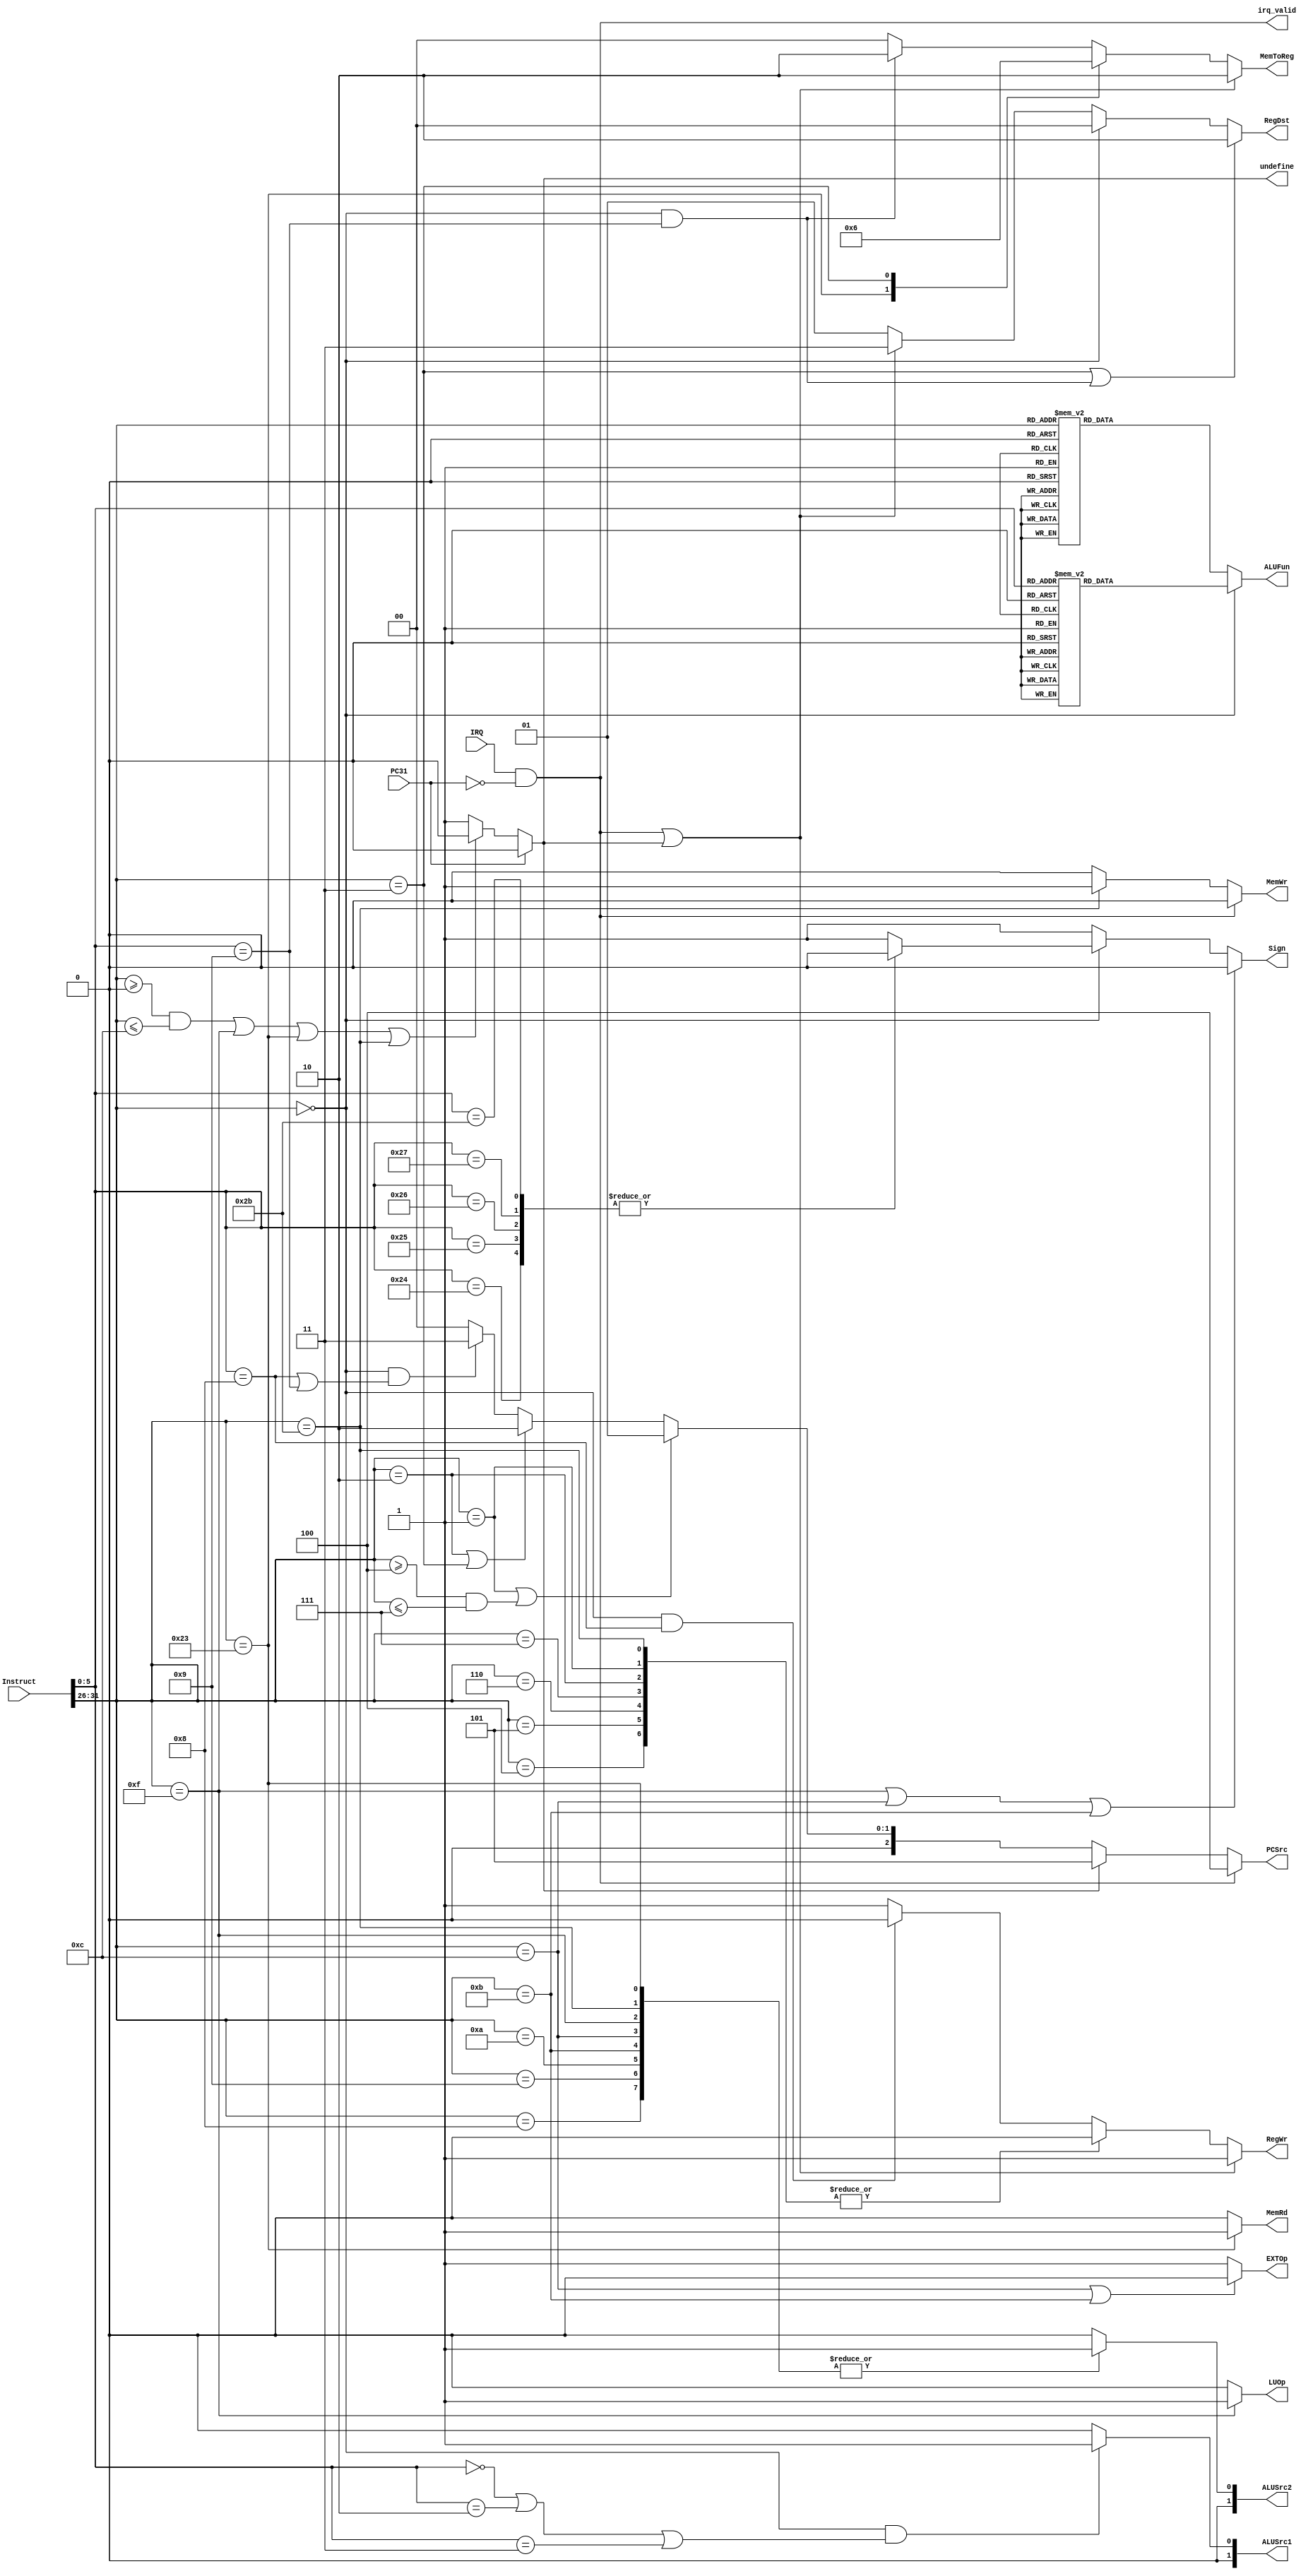
module Control(Instruct,IRQ,PC31,irq_valid,PCSrc,RegDst,RegWr,ALUSrc1,ALUSrc2,ALUFun,Sign,MemWr,MemRd,MemToReg,EXTOp,LUOp,undefine);
  output reg [2:0]PCSrc;
  output reg [1:0]RegDst;
  output reg RegWr;
  output [1:0]ALUSrc1;
  output reg [1:0]ALUSrc2;
  output reg [5:0]ALUFun;
  output reg Sign;
  output reg MemWr;
  output reg MemRd;
  output reg [1:0]MemToReg;
  output reg EXTOp;
  output reg LUOp;
  output irq_valid;
  output undefine;
  input [31:0]Instruct;
  input IRQ;
  input PC31;
  wire undef;
  wire [5:0]Opcode;
  assign Opcode=Instruct[31:26];
  assign undef=((Opcode>=6'h0&&Opcode<=6'hc)||Opcode==6'hf||Opcode==6'h23||Opcode==6'h2b)?0:1;
  assign irq_valid=IRQ&&(!PC31);
  assign undefine=PC31?0:undef;
  
  always @(*)
  if(irq_valid) PCSrc=3'd4;
  else if(undefine) PCSrc=3'd5;
  else if(Opcode==6'h1||Opcode>=6'h4&&Opcode<=6'h7)
    PCSrc=3'd1;
  else if(Opcode==6'h2||Opcode==6'h3)
    PCSrc=3'd2;
  else if(Opcode==6'h0&&(Instruct[5:0]==6'h8||Instruct[5:0]==6'h9))
    PCSrc=3'd3;
  else PCSrc=3'd0;
    
  always @(*)
  if(irq_valid||undefine) RegWr=1;
  else case(Opcode)
    6'h2b: RegWr=0;
    6'h04: RegWr=0;
    6'h05: RegWr=0;
    6'h06: RegWr=0;
    6'h07: RegWr=0;
    6'h01: RegWr=0;
    6'h02: RegWr=0;
    default:
    if(Opcode==6'h0&&Instruct[5:0]==6'h8)
      RegWr=0;
    else RegWr=1;
    endcase

always @(*)
if(Opcode==6'h3||(Opcode==6'h0&&Instruct[5:0]==6'h9))
  RegDst=2'b10;
else if(Opcode==6'h0)
  RegDst=2'b00;
else if(irq_valid||undefine)
  RegDst=2'b11;
else RegDst=2'b01;
  
always @(*)
if(Opcode==6'h23) MemRd=1;
else MemRd=0;
  
always @(*)
if(irq_valid) MemWr=0;
else 
 case(Opcode)
  6'h2b: MemWr=1;
  default: MemWr=0;
 endcase
  
always @(*)
if(irq_valid||undefine) MemToReg=2'b10;
else
  case(Opcode)
    6'h23: MemToReg=2'b01;
    6'h03: MemToReg=2'b10;
    default:
    if(Opcode==6'h0&&Instruct[5:0]==6'h9)
      MemToReg=2'b10;
    else MemToReg=2'b00;
  endcase

always @(*)
if(Opcode==6'h0c||Opcode==6'h0b)
  EXTOp=0;
else EXTOp=1;
  
always @(*)
if(Opcode==6'h0f) LUOp=1;
else LUOp=0;

assign ALUSrc1=(Opcode==6'h0&&(Instruct[5:0]==6'h0||Instruct[5:0]==6'h2||Instruct[5:0]==6'h3))?1:0;

always @(*)
case(Opcode)
  6'h23: ALUSrc2=1;
  6'h2b: ALUSrc2=1;
  6'h0f: ALUSrc2=1;
  6'h08: ALUSrc2=1;
  6'h09: ALUSrc2=1;
  6'h0c: ALUSrc2=1;
  6'h0a: ALUSrc2=1;
  6'h0b: ALUSrc2=1;
  default: ALUSrc2=0;
endcase

always @(*)
if(Opcode==6'hf||Opcode==6'hc||Opcode==6'hb)
  Sign=0;
else if(Opcode==6'h0)
  case(Instruct[5:0])
    6'h24: Sign=0;
    6'h25: Sign=0;
    6'h26: Sign=0;
    6'h27: Sign=0;
    6'h2b: Sign=0;
    default: Sign=1;
  endcase
else Sign=1;
  
always @(*)
if(Opcode==6'h0)
  case(Instruct[5:0])
    6'h20: ALUFun=6'b000000;
    6'h21: ALUFun=6'b000000;
    6'h22: ALUFun=6'b000001;
    6'h23: ALUFun=6'b000001;
    6'h24: ALUFun=6'b011000;
    6'h25: ALUFun=6'b011110;
    6'h26: ALUFun=6'b010110;
    6'h27: ALUFun=6'b010001;
    6'h00: ALUFun=6'b100000;
    6'h02: ALUFun=6'b100001;
    6'h03: ALUFun=6'b100011;
    6'h2a: ALUFun=6'b110101;
    6'h2b: ALUFun=6'b110101;
    default: ALUFun=6'b0;
  endcase
else
  case(Opcode)
    6'h23: ALUFun=6'b000000;
    6'h2b: ALUFun=6'b000000;
    6'h0f: ALUFun=6'b000000;
    6'h08: ALUFun=6'b000000;
    6'h09: ALUFun=6'b000000;
    6'h0c: ALUFun=6'b011000;
    6'h0a: ALUFun=6'b110101;
    6'h0b: ALUFun=6'b110101;
    6'h04: ALUFun=6'b110011;
    6'h05: ALUFun=6'b110001;
    6'h06: ALUFun=6'b111101;
    6'h07: ALUFun=6'b111111;
    6'h01: ALUFun=6'b111011;
    default: ALUFun=6'b0;
  endcase
  
endmodule